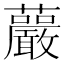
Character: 䕾